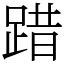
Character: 踖